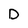
Character: D